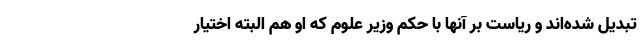
تبدیل شده‌اند و ریاست بر آنها با حکم وزیر علوم که او هم البته اختیار